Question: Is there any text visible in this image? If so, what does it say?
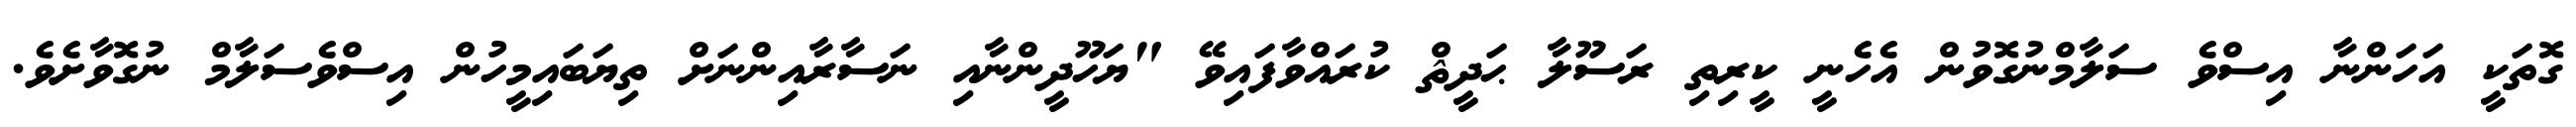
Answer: ގޮތަކީ އަހަންނާ އިސްވެ ސަލާމްނުގޮވުން އެހެނީ ކީރިތި ރަސޫލާ ޙަދީޘް ކުރައްވާފައިވޭ "ޔަހޫދީންނާއި ނަސާރާއިންނަށް ތިޔަބައިމީހުން އިސްވެސަލާމް ނުގޮވާށެވެ.